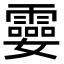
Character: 孁